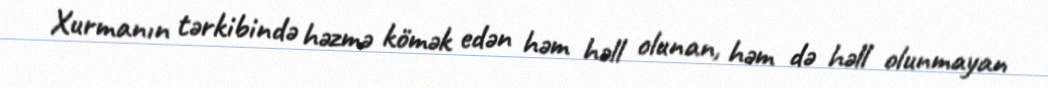
Xurmanın tərkibində həzmə kömək edən həm həll olunan, həm də həll olunmayan